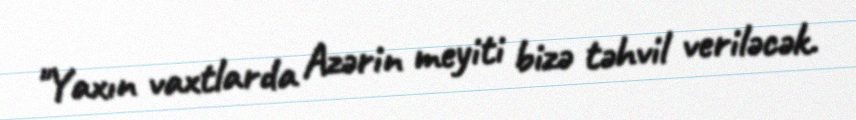
"Yaxın vaxtlarda Azərin meyiti bizə təhvil veriləcək.